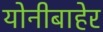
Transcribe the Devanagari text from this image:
योनीबाहेर